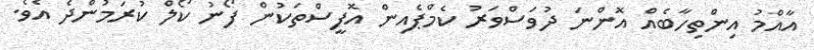
އާއްމު އިންތިހާބެއް އޮންނަ ދުވަސްވަރު ކެމްޕެއިން އޮފީސްތަކުން ފޯނު ކޯލް ކުރަމުންދެ އެވެ.